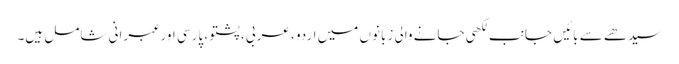
سیدھے سے بائیں جانب لکھی جانے والی زبانوں میں اردو ، عربی ، پشتو ، پارسی اور عبرانی شامل ہیں۔